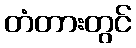
တံတားတွင်